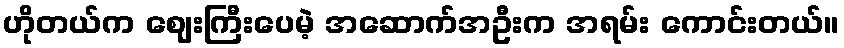
ဟိုတယ်က ဈေးကြီးပေမဲ့ အဆောက်အဦးက အရမ်း ကောင်းတယ်။